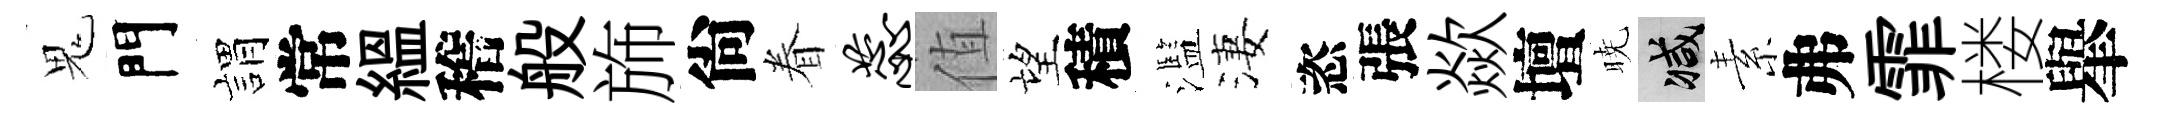
鬼門娟常緼稽般斾尙眷蕊值望積濫淒恣張歘壇暁减素弗霏楼𦦙